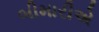
બીમારીએ